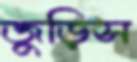
জুড়িস